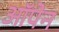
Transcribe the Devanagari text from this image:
ऑपेन